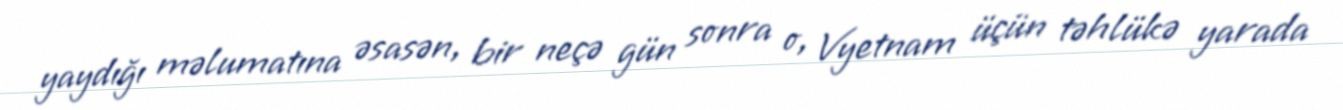
yaydığı məlumatına əsasən, bir neçə gün sonra o, Vyetnam üçün təhlükə yarada